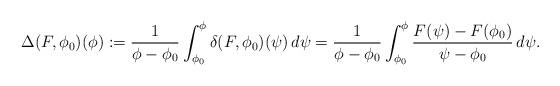
LaTeX: \begin{align*}\Delta(F,\phi_0)(\phi) := \frac{1}{\phi-\phi_0}\int_{\phi_0}^\phi \delta(F,\phi_0)(\psi)\, d\psi= \frac{1}{\phi-\phi_0}\int_{\phi_0}^\phi \frac{F(\psi)-F(\phi_0)}{\psi-\phi_0}\, d\psi.\end{align*}